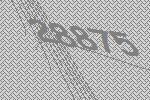
28875